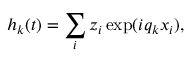
h _ { k } ( t ) = \sum _ { i } z _ { i } \exp ( i q _ { k } x _ { i } ) ,